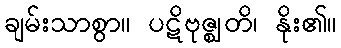
ချမ်းသာစွာ။ ပဋိဗုဇ္ဈတိ၊ နိုး၏။